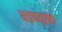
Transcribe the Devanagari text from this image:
धड़फड़ाना